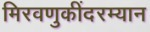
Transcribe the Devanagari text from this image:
मिरवणुकींदरम्यान